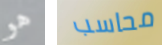
هو محاسب